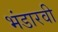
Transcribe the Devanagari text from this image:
भंडारवी